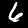
Label: 6